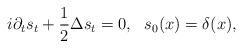
LaTeX: \begin{align*}i\partial_t s_t+\frac12\Delta s_t=0, \ \ s_0(x)=\delta(x),\end{align*}